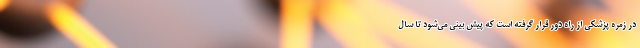
در زمره پزشکی از راه دور قرار گرفته است که پیش بینی می‌شود تا سال